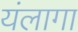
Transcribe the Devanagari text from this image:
यंलागा